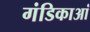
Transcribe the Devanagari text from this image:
गंडिकाआं